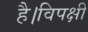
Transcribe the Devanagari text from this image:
है।विपक्षी